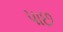
પાછ